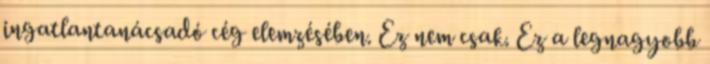
ingatlantanácsadó cég elemzésében. Ez nem csak. Ez a legnagyobb